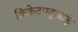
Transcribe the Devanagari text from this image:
क्रिकेटपटूआहे